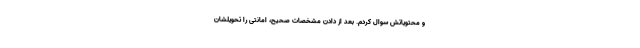
و محتویاتش سوال کردم. بعد از دادن مشخصات صحیح، امانتی را تحویلشان